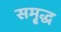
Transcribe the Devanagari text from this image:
समृ्द्ध